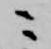
ニ